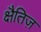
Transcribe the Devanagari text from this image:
क्षैतिज़